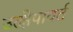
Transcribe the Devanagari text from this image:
उत्क्षेपावर्त